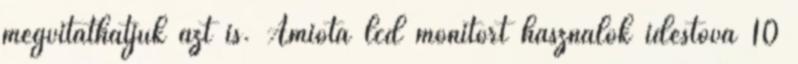
megvitathatjuk azt is. Amióta lcd monitort használok idestova 10